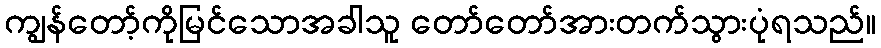
ကျွန်တော့်ကိုမြင်သောအခါသူ တော်တော်အားတက်သွားပုံရသည်။